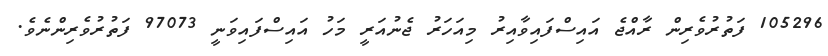
105296 ފަތުރުވެރިންް ރާއްޖެ އައިސްފައިވާއިރު މިއަހަރު ޖެނުއަރީ މަހު އައިސްފައިވަނީ 97073 ފަތުރުވެރިންނެވެ.